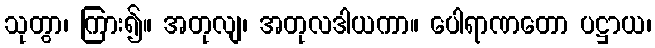
သုတွာ၊ ကြား၍။ အတုလျ၊ အတုလဒါယကာ။ ပေါရာဏတော ပဋ္ဌာယ၊